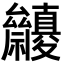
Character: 𥜷